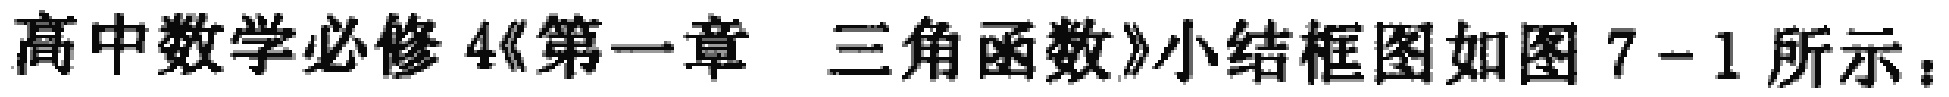
高中数学必修4《第一章 三角函数》小结框图如图7-1所示：